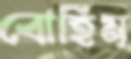
বোহিম্